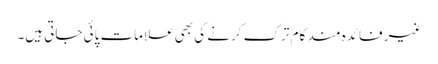
غیر فائدہ مند کام ترک کرنے کی بھی علامات پائی جاتی ہیں۔